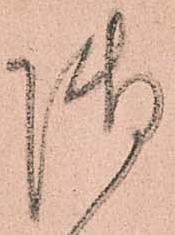
御